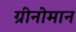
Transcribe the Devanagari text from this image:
ग्रीनोमान